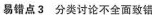
易错点3 分类讨论不全面致错